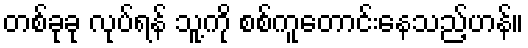
တစ်ခုခု လုပ်ရန် သူ့ကို စစ်ကူတောင်းနေသည့်ဟန်။